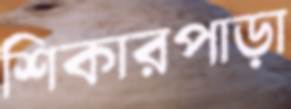
শিকারপাড়া